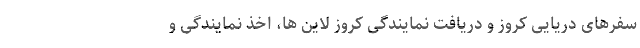
سفرهای دریایی کروز و دریافت نمایندگی کروز لاین ها، اخذ نمایندگی و